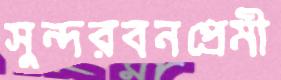
সুন্দরবনপ্রেমী